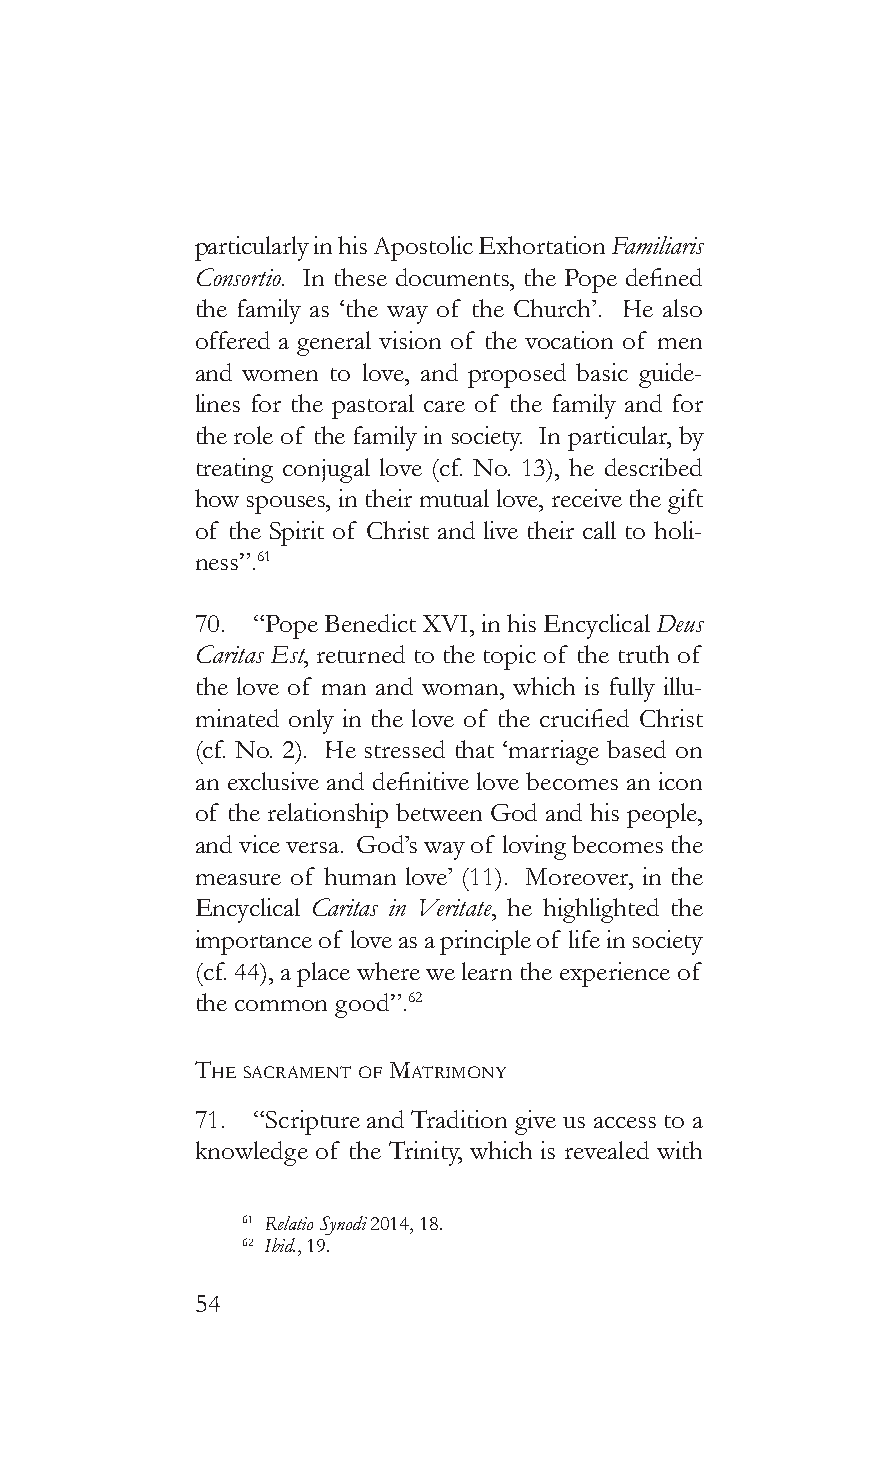
particularly in his Apostolic Exhortation Familiaris
 Consortio. In these documents, the Pope defined
 the family as ‘the way of the Church’. He also
 offered a general vision of the vocation of men
 and women to love, and proposed basic guide-
 lines for the pastoral care of the family and for
 the role of the family in society. In particular, by
 treating conjugal love (cf. No. 13), he described
 how spouses, in their mutual love, receive the gift
 of the Spirit of Christ and live their call to holi-
 ness”.61
 70. “Pope Benedict XVI, in his Encyclical Deus
 Caritas Est, returned to the topic of the truth of
 the love of man and woman, which is fully illu-
 minated only in the love of the crucified Christ
 (cf. No. 2). He stressed that ‘marriage based on
 an exclusive and definitive love becomes an icon
 of the relationship between God and his people,
 and vice versa. God’s way of loving becomes the
 measure of human love’ (11). Moreover, in the
 Encyclical Caritas in Veritate, he highlighted the
 importance of love as a principle of life in society
 (cf. 44), a place where we learn the experience of
 the common good”.62
 The sacramenT of maTrimony
 71. “Scripture and Tradition give us access to a
 knowledge of the Trinity, which is revealed with
 61 Relatio Synodi 2014, 18.
 62 Ibid., 19.
 54